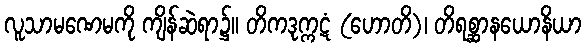
လူသာမဏေမကို ကျိန်ဆဲရာ၌။ တိကဒုက္ကဋံ (ဟောတိ)၊ တိရစ္ဆာနယောနိယာ